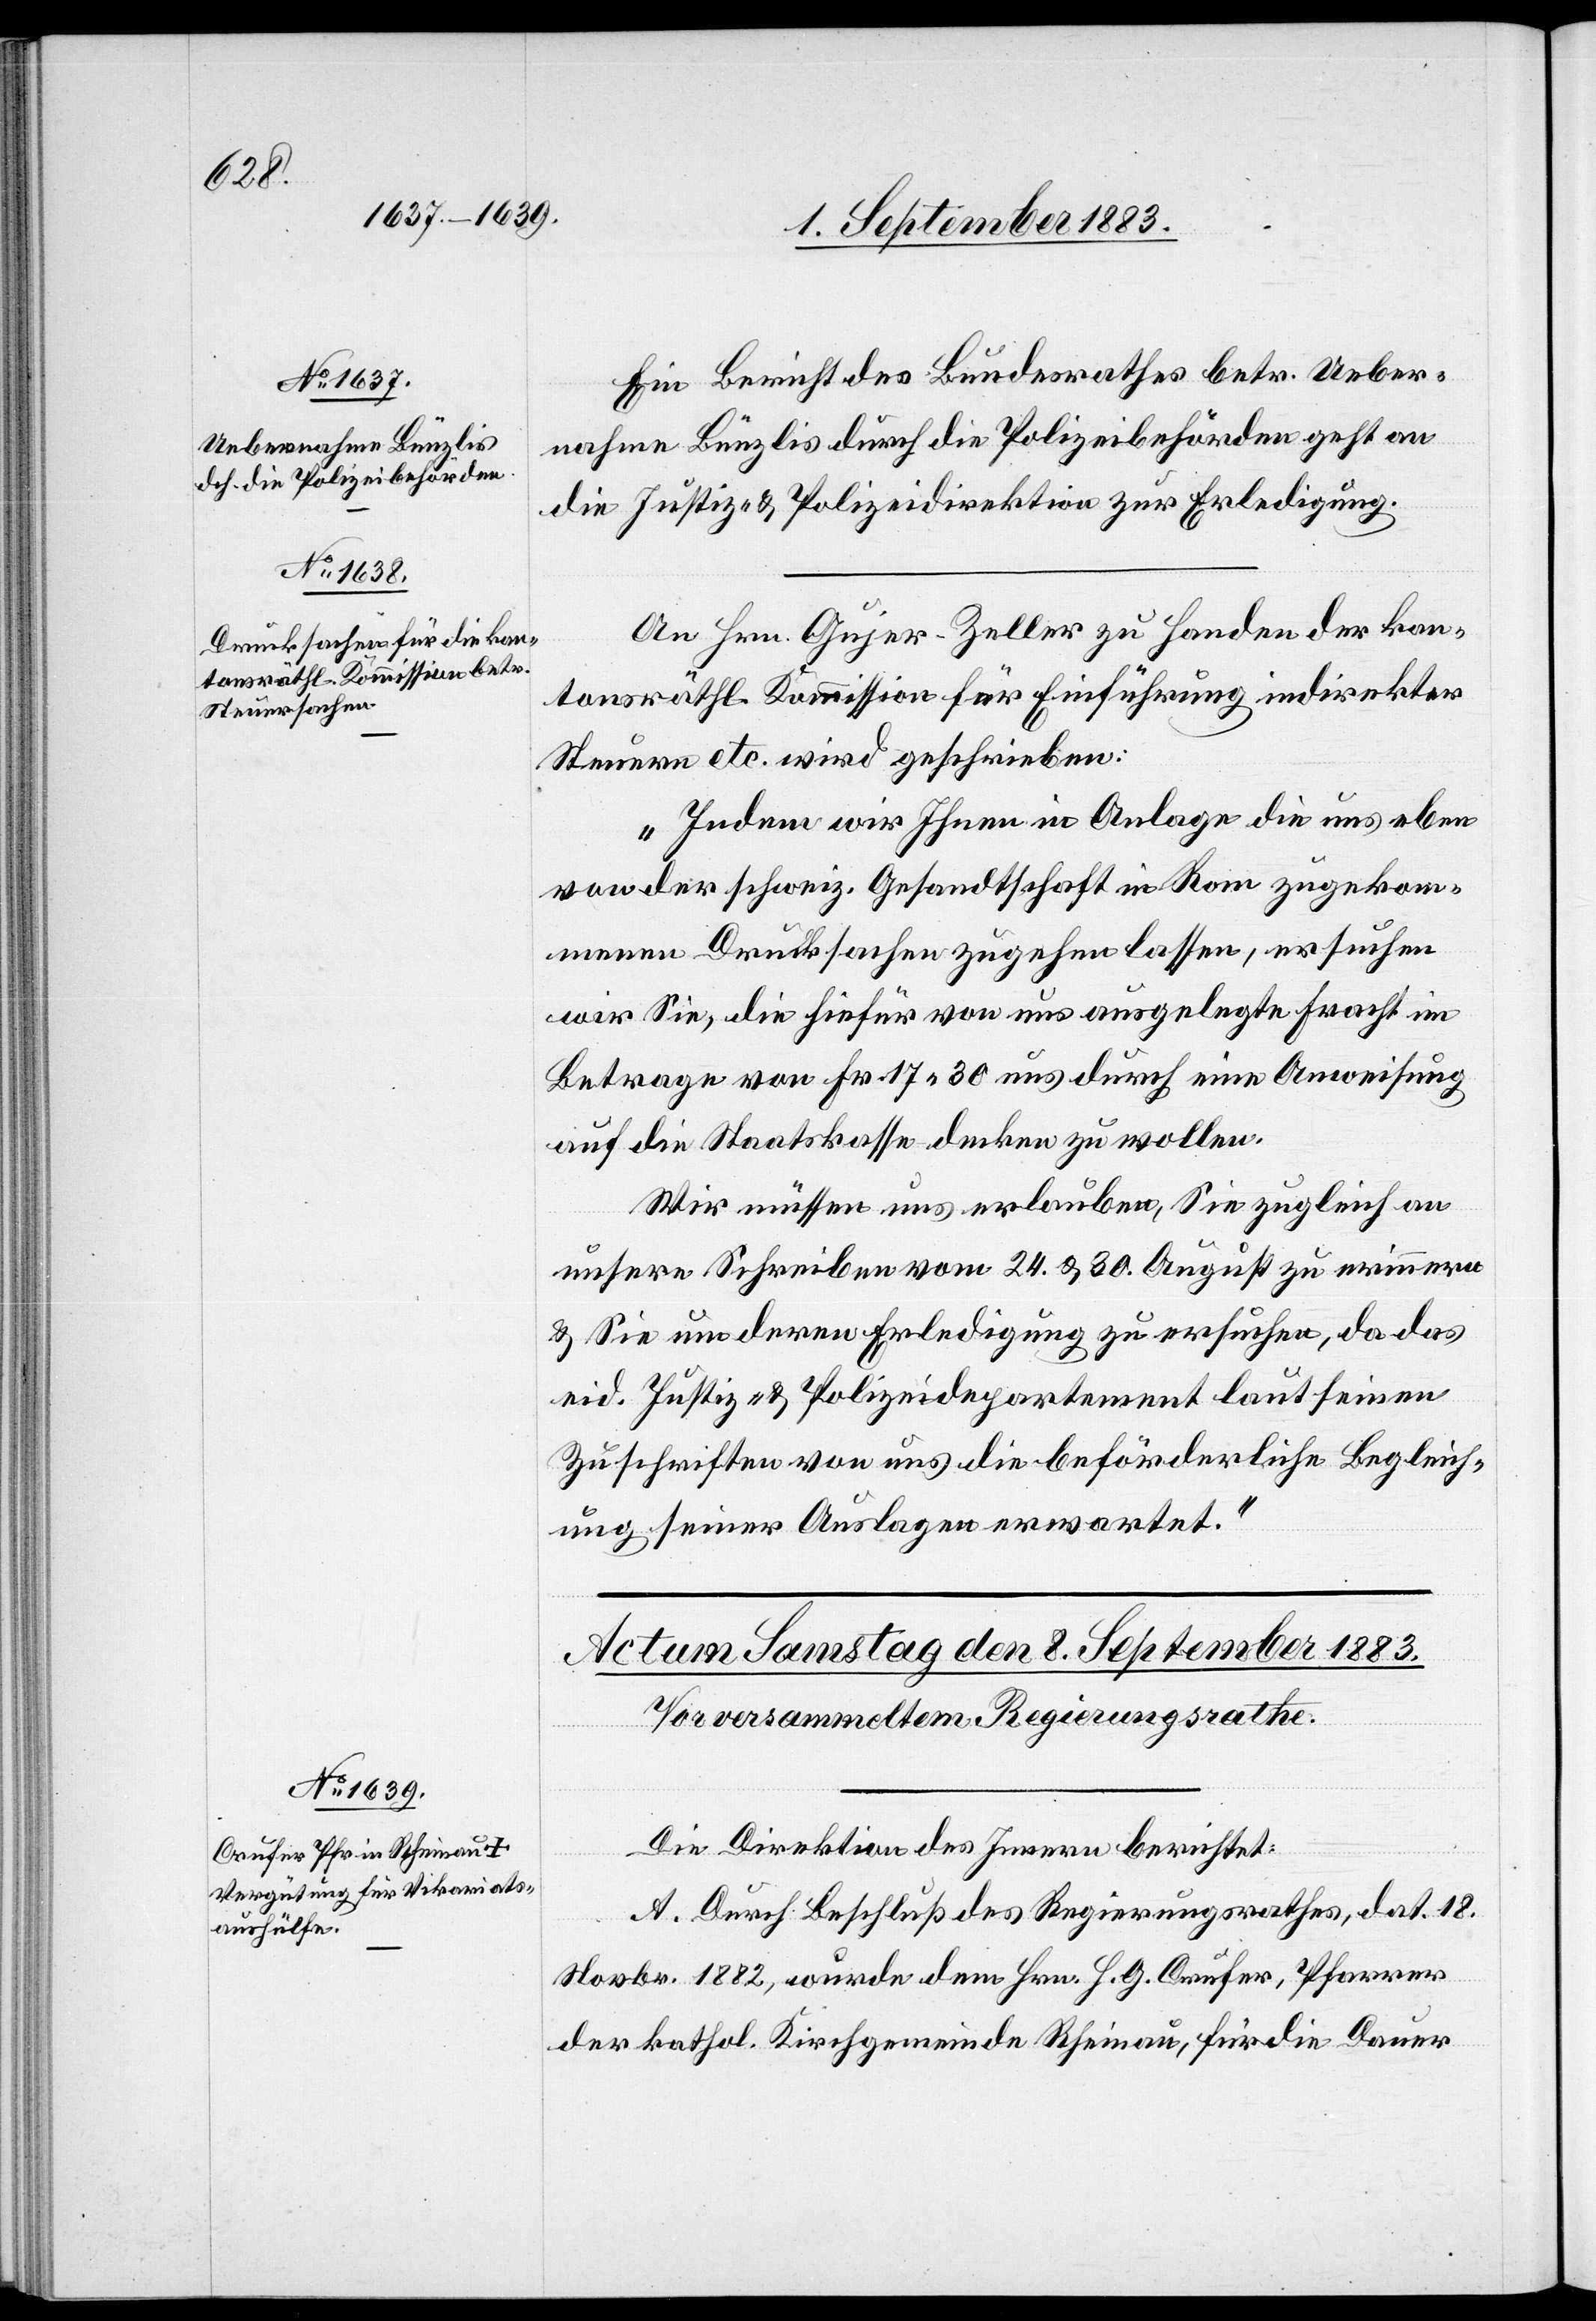
8. September 1883.]
Ein Bericht des Bundesrathes betr. Ueber¬
nahme Bünzlis durch die Polizeibehörden geht an
die Justiz- & Polizeidirektion zur Erledigung.
An Hrn. Gujer-Zeller zu handen der kan¬
tonsräthl. Kommission für Einführung der indirekten
Steuern etc. wird geschrieben:
„Indem wir Ihnen in Anlage die uns eben
von der schweiz. Gesandtschaft in Rom zugekom¬
menen Drucksachen zugehen lassen, ersuchen
wir Sie, die hiefür von uns ausgelegte Fracht im
Betrage von Fr. 17 30 uns durch eine Anweisung
auf die Staatskasse decken zu wollen.
Wir müssen uns erlauben, Sie zugleich an
unsere Schreiben vom 24. & 30. August zu erinnern
& Sie um deren Erledigung zu ersuchen, da das
eid. Justiz- & Polizeidepartement laut seinen
Zuschriften von uns die beförderliche Begleich¬
ung seiner Auslagen erwartet.“
Die Direktion des Innern berichtet:
A. Durch Beschluß des Regierungsrathes, dat. 18.
Novbr. 1882, wurde dem Hrn. H. G. Crufer, Pfarrer
der kathol. Kirchgemeinde Rheinau, für die Dauer